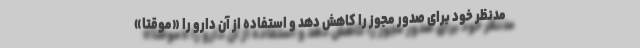
مدنظر خود برای صدور مجوز را کاهش دهد و استفاده از آن دارو را «موقتا»